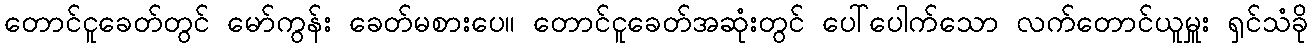
တောင်ငူခေတ်တွင် မော်ကွန်း ခေတ်မစားပေ။ တောင်ငူခေတ်အဆုံးတွင် ပေါ်ပေါက်သော လက်တောင်ယူမှူး ရှင်သံခို